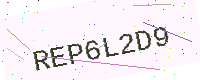
Text: REP6L2D9